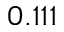
0 . 1 1 1